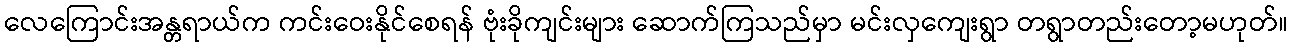
လေကြောင်းအန္တရာယ်က ကင်းဝေးနိုင်စေရန် ဗုံးခိုကျင်းများ ဆောက်ကြသည်မှာ မင်းလှကျေးရွာ တရွာတည်းတော့မဟုတ်။